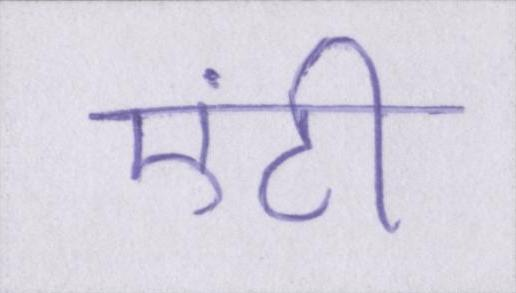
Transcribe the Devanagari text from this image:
एंटी